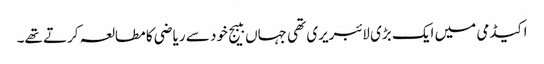
اکیڈمی میں ایک بڑی لائبریری تھی جہاں ببیج خود سے ریاضی کا مطالعہ کرتے تھے۔